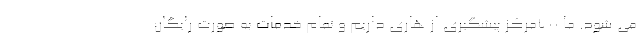
می شود. ما ۷٠٠مرکز پیشگیری از هاری داریم و تمام خدمات به صورت رایگان